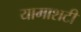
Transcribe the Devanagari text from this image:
यामाशटी